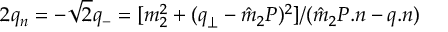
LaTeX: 2 q _ { n } = - { \sqrt 2 } q _ { - } = { [ m _ { 2 } ^ { 2 } + ( q _ { \perp } - { \hat { m } } _ { 2 } P ) ^ { 2 } ] } / { ( { \hat { m } } _ { 2 } P . n - q . n ) }